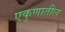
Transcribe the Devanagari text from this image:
एकुणातील